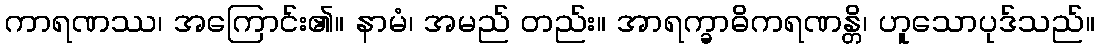
ကာရဏဿ၊ အကြောင်း၏။ နာမံ၊ အမည် တည်း။ အာရက္ခာဓိကရဏန္တိ၊ ဟူသောပုဒ်သည်။